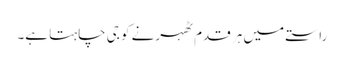
راستے میں ہر قدم ٹھہرنے کو جی چاہتا ہے۔